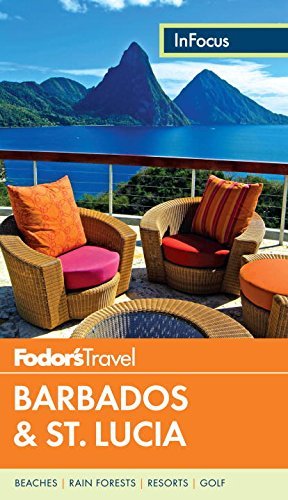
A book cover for By Fodor's Fodor's In Focus Barbados & St. Lucia (Full-color Travel Guide) [Paperback]; Travel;